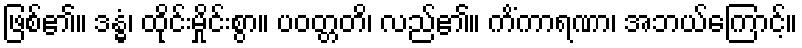
ဖြစ်၏။ ဒန္ဓံ၊ ထိုင်းမှိုင်းစွာ။ ပဝတ္တတိ၊ လည်၏။ ကိံကာရဏာ၊ အဘယ်ကြောင့်။